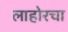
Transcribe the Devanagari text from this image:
लाहोरचा